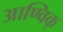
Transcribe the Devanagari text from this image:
आण्विक्